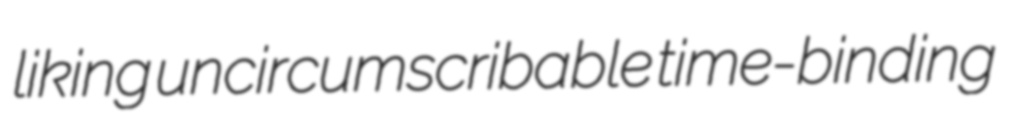
liking uncircumscribable time-binding